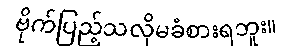
ဗိုက်ပြည့်သလိုမခံစားရဘူး။